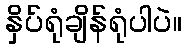
နှိပ်ရုံချိန်ရုံပါပဲ။